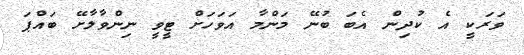
ވަރަކީ އެ ކުދިން އެބަ ބުނޭ މަންމާ އަވަހަށް ޓީވީ ނިންވާލާށޭ ބައްޕަ